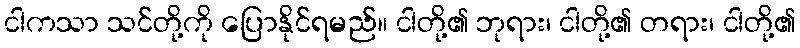
ငါကသာ သင်တို့ကို ပြောနိုင်ရမည်။ ငါတို့၏ ဘုရား၊ ငါတို့၏ တရား၊ ငါတို့၏